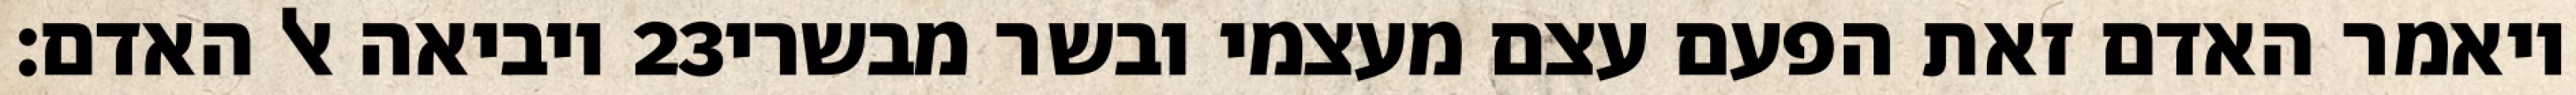
ויביאה אל האדם׃ ‎23‏ ויאמר האדם זאת הפעם עצם מעצמי ובשר מבשרי